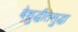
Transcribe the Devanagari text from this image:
बेशुद्धीतसुद्धा